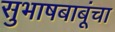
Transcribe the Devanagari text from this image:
सुभाषबाबूंचा